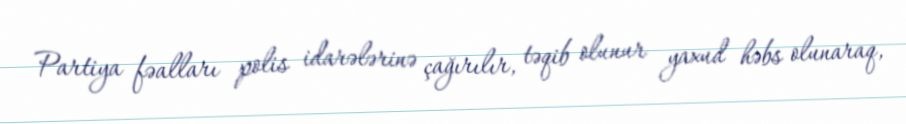
Partiya fəalları polis idarələrinə çağırılır, təqib olunur yaxud həbs olunaraq,